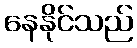
နေနိုင်သည်